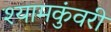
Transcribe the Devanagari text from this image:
श्यामकुंवरी